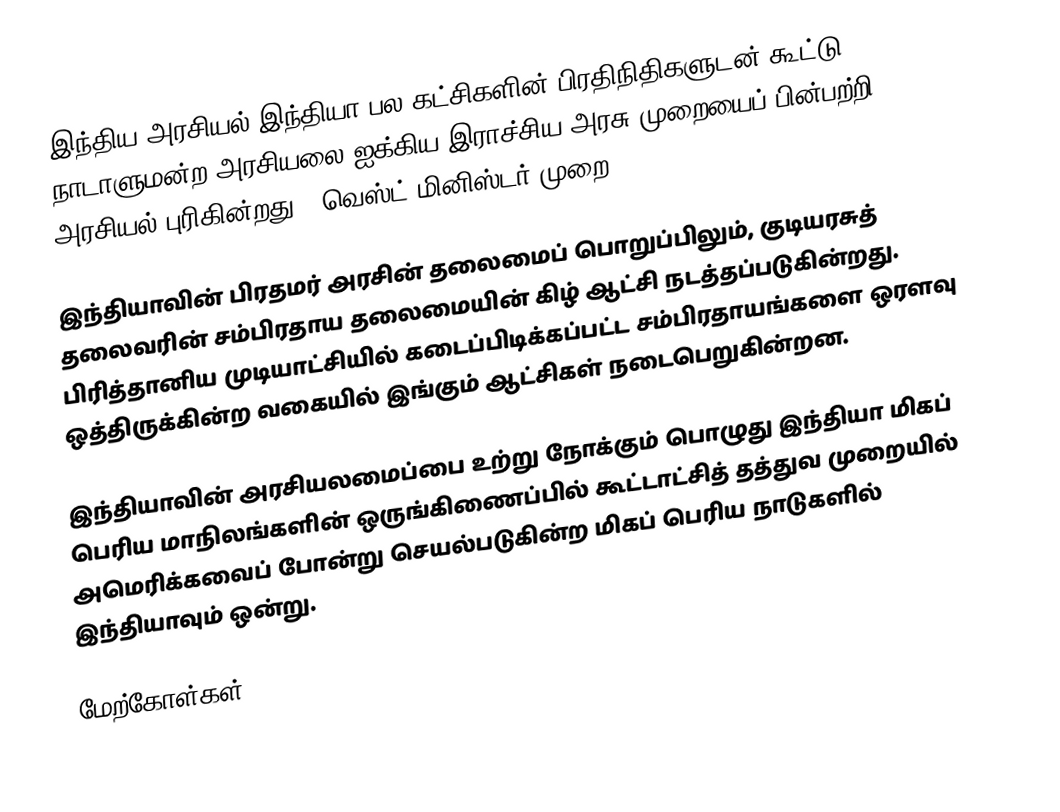
இந்திய அரசியல்-இந்தியா பல கட்சிகளின் பிரதிநிதிகளுடன் கூட்டு நாடாளுமன்ற அரசியலை ஐக்கிய இராச்சிய அரசு முறையைப் பின்பற்றி அரசியல் புரிகின்றது. (வெஸ்ட் மினிஸ்டர் முறை).

இந்தியாவின் பிரதமர் அரசின் தலைமைப் பொறுப்பிலும், குடியரசுத் தலைவரின் சம்பிரதாய தலைமையின் கிழ் ஆட்சி நடத்தப்படுகின்றது. பிரித்தானிய முடியாட்சியில் கடைப்பிடிக்கப்பட்ட சம்பிரதாயங்களை ஒரளவு ஒத்திருக்கின்ற வகையில் இங்கும் ஆட்சிகள் நடைபெறுகின்றன.

இந்தியாவின் அரசியலமைப்பை உற்று நோக்கும் பொழுது இந்தியா மிகப் பெரிய மாநிலங்களின் ஒருங்கிணைப்பில் கூட்டாட்சித் தத்துவ முறையில் அமெரிக்கவைப் போன்று செயல்படுகின்ற மிகப் பெரிய நாடுகளில் இந்தியாவும் ஒன்று.

மேற்கோள்கள்